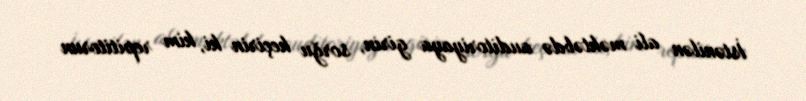
İstənilən ali məktəbdə auditoriyaya girin, sorğu keçirin ki, kim repititorun